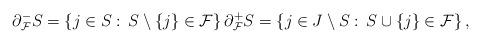
LaTeX: \begin{align*}\partial_{\mathcal{F}}^- S = \left\{j \in S: \, S \setminus \{j\}\in \mathcal{F}\right\} \partial_{\mathcal{F}}^+ S = \left\{j \in J \setminus S: \, S \cup \{j\}\in \mathcal{F}\right\},\end{align*}